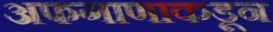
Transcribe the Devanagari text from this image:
अफगाणाकडून